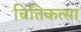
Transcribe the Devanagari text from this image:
चितिकत्सा